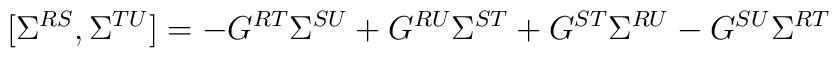
[\Sigma^{RS},\Sigma^{TU}]=-G^{RT}\Sigma^{SU}+G^{RU}\Sigma^{ST}+G^{ST}\Sigma^{RU}-G^{SU}\Sigma^{RT}